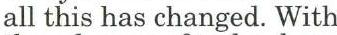
all this has changed. With